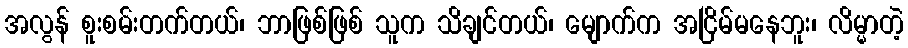
အလွန် စူးစမ်းတက်တယ်၊ ဘာဖြစ်ဖြစ် သူက သိချင်တယ်၊ မျောက်က အငြိမ်မနေဘူး၊ လိမ္မာတဲ့